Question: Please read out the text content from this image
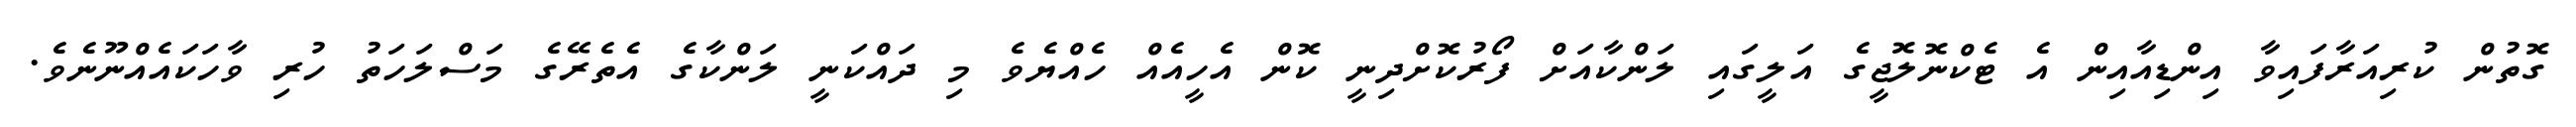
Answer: ގޮތުން ކުރިއަރާފައިވާ އިންޑިއާއިން އެ ޓެކްނޮލޮޖީގެ އަލީގައި ލަންކާއަށް ފޯރުކޮށްދިނީ ކޮން އެހީއެއް ހެއްޔެވެ މި ދައްކަނީ ލަންކާގެ އެތެރޭގެ މަސްލަހަތު ހުރި ވާހަކައެއްނޫނެވެ.